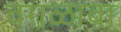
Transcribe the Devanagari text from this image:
वगळावा